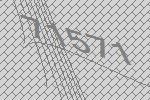
71571